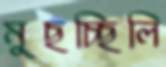
মুছচ্ছিলি